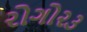
રોગો૨૩